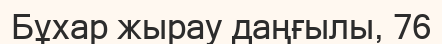
Бұхар жырау даңғылы, 76